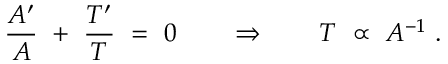
\frac { A ^ { \prime } } { A } \ + \ \frac { T ^ { \prime } } { T } \ = \ 0 \qquad \Rightarrow \qquad T \ \propto \ A ^ { - 1 } \ .